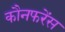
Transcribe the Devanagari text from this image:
कौनफरेंस